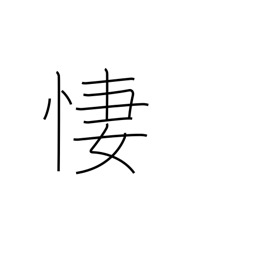
Meaning: be sorrowful